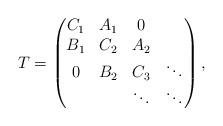
LaTeX: \begin{align*}T = \begin{pmatrix}C_1 & A_1 &0 \\B_1 & C_2&A_2 \\ 0 &B_2 &C_3 &\ddots \\&\, &\ddots &\ddots \end{pmatrix},\end{align*}